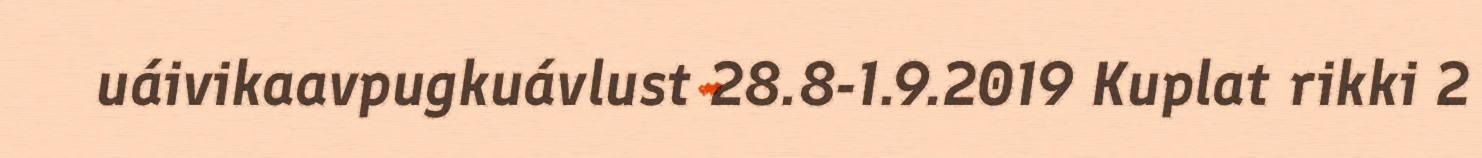
uáivikaavpugkuávlust 28.8-1.9.2019 Kuplat rikki 2